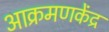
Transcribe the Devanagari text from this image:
आक्रमणकेंद्र